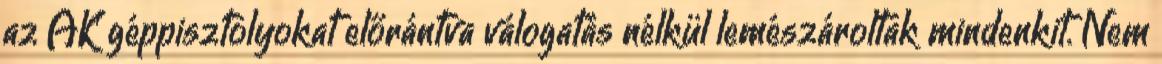
az AK géppisztolyokat előrántva válogatás nélkül lemészároltak mindenkit. Nem